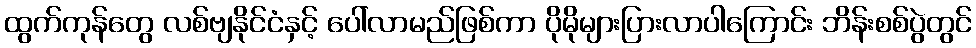
ထွက်ကုန်တွေ လစ်ဗျနိုင်ငံနှင့် ပေါ်လာမည်ဖြစ်ကာ ပိုမိုများပြားလာပါကြောင်း ဘိန်းစစ်ပွဲတွင်